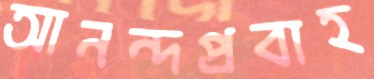
আনন্দপ্রবাহ